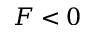
F < 0